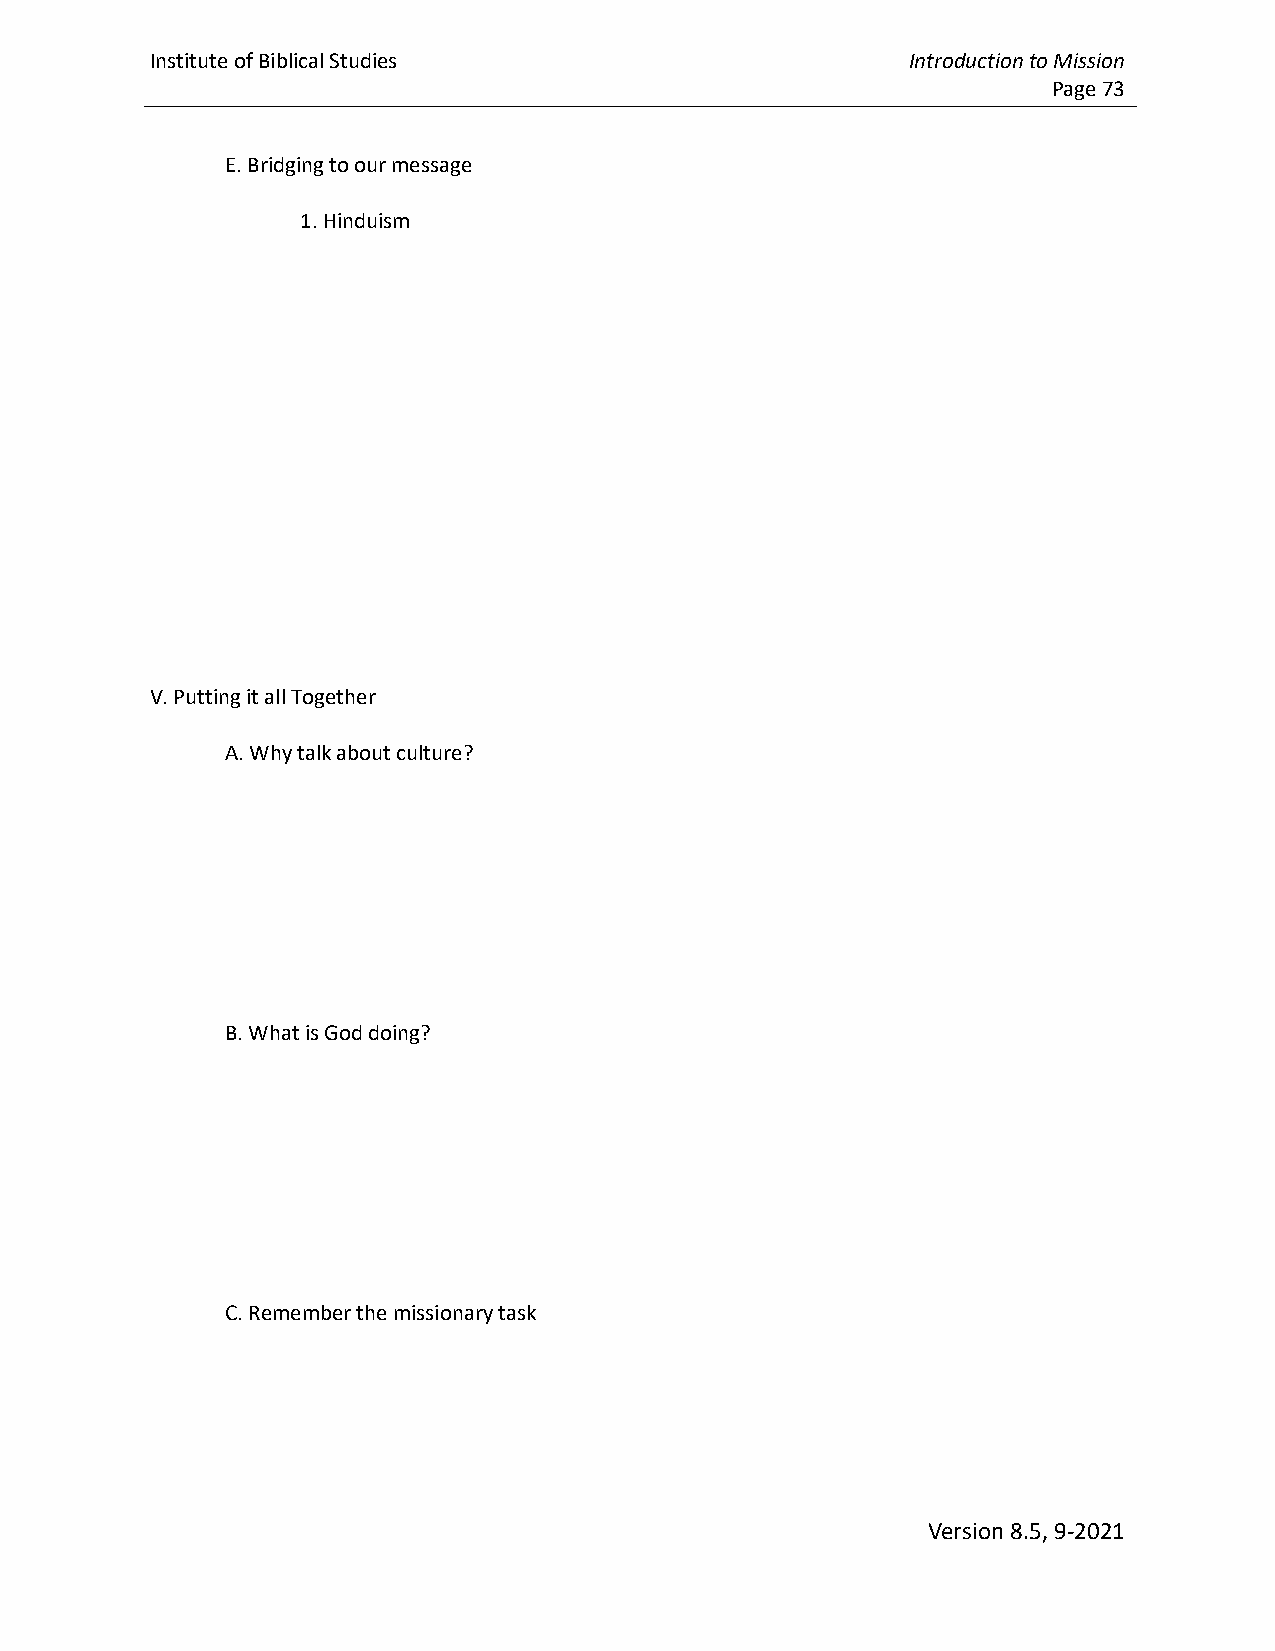
Institute of Biblical Studies                     Introduction to Mission
 Page 73
 E. Bridging to our message
 1. Hinduism
 V. Putting it all Together
 A. Why talk about culture?
 B. What is God doing?
 C. Remember the missionary task
 Version 8.5, 9-2021